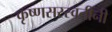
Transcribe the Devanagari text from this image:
कृष्णसरस्वतींनी